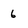
Character: 6